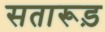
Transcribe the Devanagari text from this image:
सतारूड़